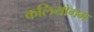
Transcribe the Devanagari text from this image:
कलियोगम